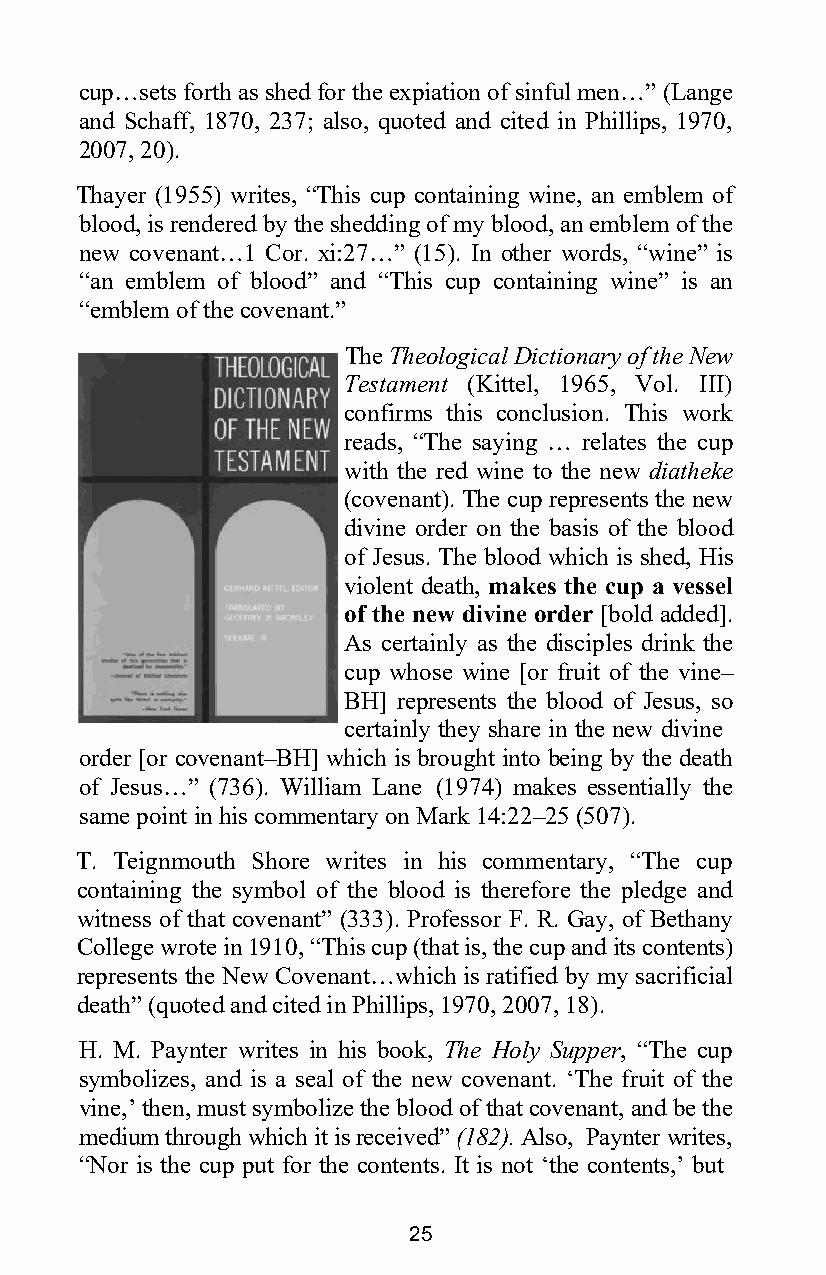
cup…sets forth as shed for the expiation of sinful men…” (Lange
 and Schaff, 1870, 237; also, quoted and cited in Phillips, 1970,
 2007, 20).
 Thayer (1955) writes, “This cup containing wine, an emblem of
 blood, is rendered by the shedding of my blood, an emblem of the
 new covenant…1 Cor. xi:27…” (15). In other words, “wine” is
 “an emblem of blood” and “This cup containing wine” is an
 “emblem of the covenant.”
 The Theological Dictionary of the New
 Testament (Kittel, 1965, Vol. III)
 confirms this conclusion. This work
 reads, “The saying … relates the cup
 with the red wine to the new diatheke
 (covenant). The cup represents the new
 divine order on the basis of the blood
 of Jesus. The blood which is shed, His
 violent death, makes the cup a vessel
 of the new divine order [bold added].
 As certainly as the disciples drink the
 cup whose wine [or fruit of the vine–
 BH] represents the blood of Jesus, so
 certainly they share in the new divine
 order [or covenant–BH] which is brought into being by the death
 of Jesus…” (736). William Lane (1974) makes essentially the
 same point in his commentary on Mark 14:22–25 (507).
 T. Teignmouth Shore writes in his commentary, “The cup
 containing the symbol of the blood is therefore the pledge and
 witness of that covenant” (333). Professor F. R. Gay, of Bethany
 College wrote in 1910, “This cup (that is, the cup and its contents)
 represents the New Covenant…which is ratified by my sacrificial
 death” (quoted and cited in Phillips, 1970, 2007, 18).
 H. M. Paynter writes in his book, The Holy Supper, “The cup
 symbolizes, and is a seal of the new covenant. ‘The fruit of the
 vine,’ then, must symbolize the blood of that covenant, and be the
 medium through which it is received” (182). Also, Paynter writes,
 “Nor is the cup put for the contents. It is not ‘the contents,’ but
 25